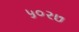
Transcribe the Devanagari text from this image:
५०२७